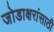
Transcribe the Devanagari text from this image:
जोडाक्षरांसाठी